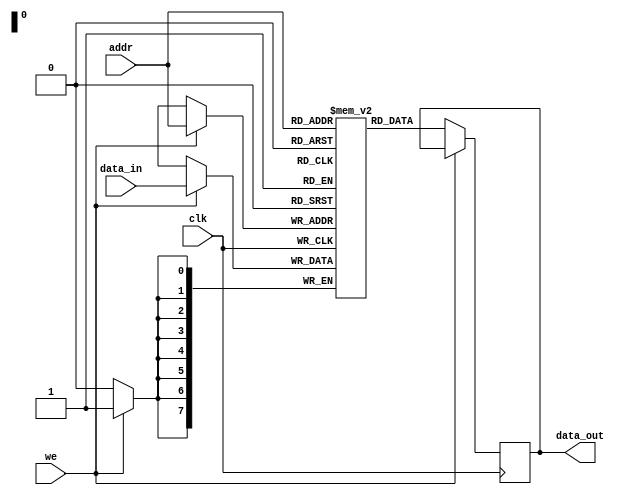
module parameterized_ram #(
    parameter DATA_WIDTH = 8,     // Width of each data word (e.g., 8, 16, 32 bits)
    parameter ADDR_WIDTH = 8       // Number of address lines (determines depth, e.g., 256, 512, 1024 words)
)(
    input wire clk,                // Clock signal
    input wire we,                 // Write enable signal (active high)
    input wire [ADDR_WIDTH-1:0] addr, // Address input
    input wire [DATA_WIDTH-1:0] data_in, // Input data bus
    output reg [DATA_WIDTH-1:0] data_out // Output data bus
);
    
    // Memory array declaration
    reg [DATA_WIDTH-1:0] ram [(1<<ADDR_WIDTH)-1:0]; // 2D array of registers

    // Read/Write operations
    always @(posedge clk) begin
        if (we) begin
            // Write operation
            ram[addr] <= data_in;
        end else begin
            // Read operation
            data_out <= ram[addr];
        end
    end

    // Optional: Asynchronous reset functionality
    // Uncomment if needed
    /*
    always @(posedge clk or posedge reset) begin
        if (reset) begin
            integer i;
            for (i = 0; i < (1 << ADDR_WIDTH); i = i + 1) begin
                ram[i] <= {DATA_WIDTH{1'b0}}; // Initialize to zero
            end
        end else begin
            if (we) begin
                ram[addr] <= data_in;
            end else begin
                data_out <= ram[addr];
            end
        end
    end
    */

endmodule